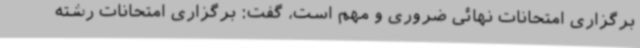
برگزاری امتحانات نهائی ضروری و مهم است، گفت: برگزاری امتحانات رشته